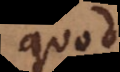
quod